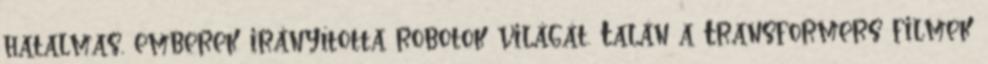
hatalmas, emberek irányította robotok világát. Talán a Transformers filmek